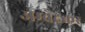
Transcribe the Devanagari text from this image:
अम्बेदकर